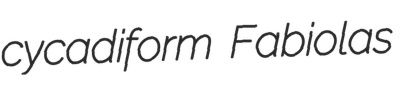
cycadiform Fabiolas